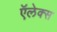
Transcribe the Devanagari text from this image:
ऍलेक्स